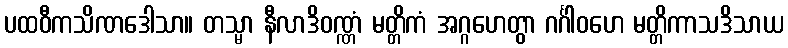
ပထဝီကသိဏဒေါသာ။ တသ္မာ နီလာဒိဝဏ္ဏံ မတ္တိကံ အဂ္ဂဟေတွာ ဂင်္ဂါဝဟေ မတ္တိကာသဒိသာယ